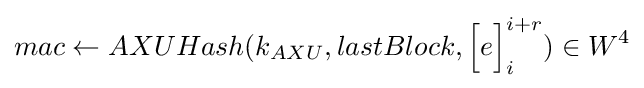
mac\leftarrow AXUHash(k_{AXU},lastBlock,{\Bigl [}e{\Bigr ]}_{i}^{i+r})\in W^{4}